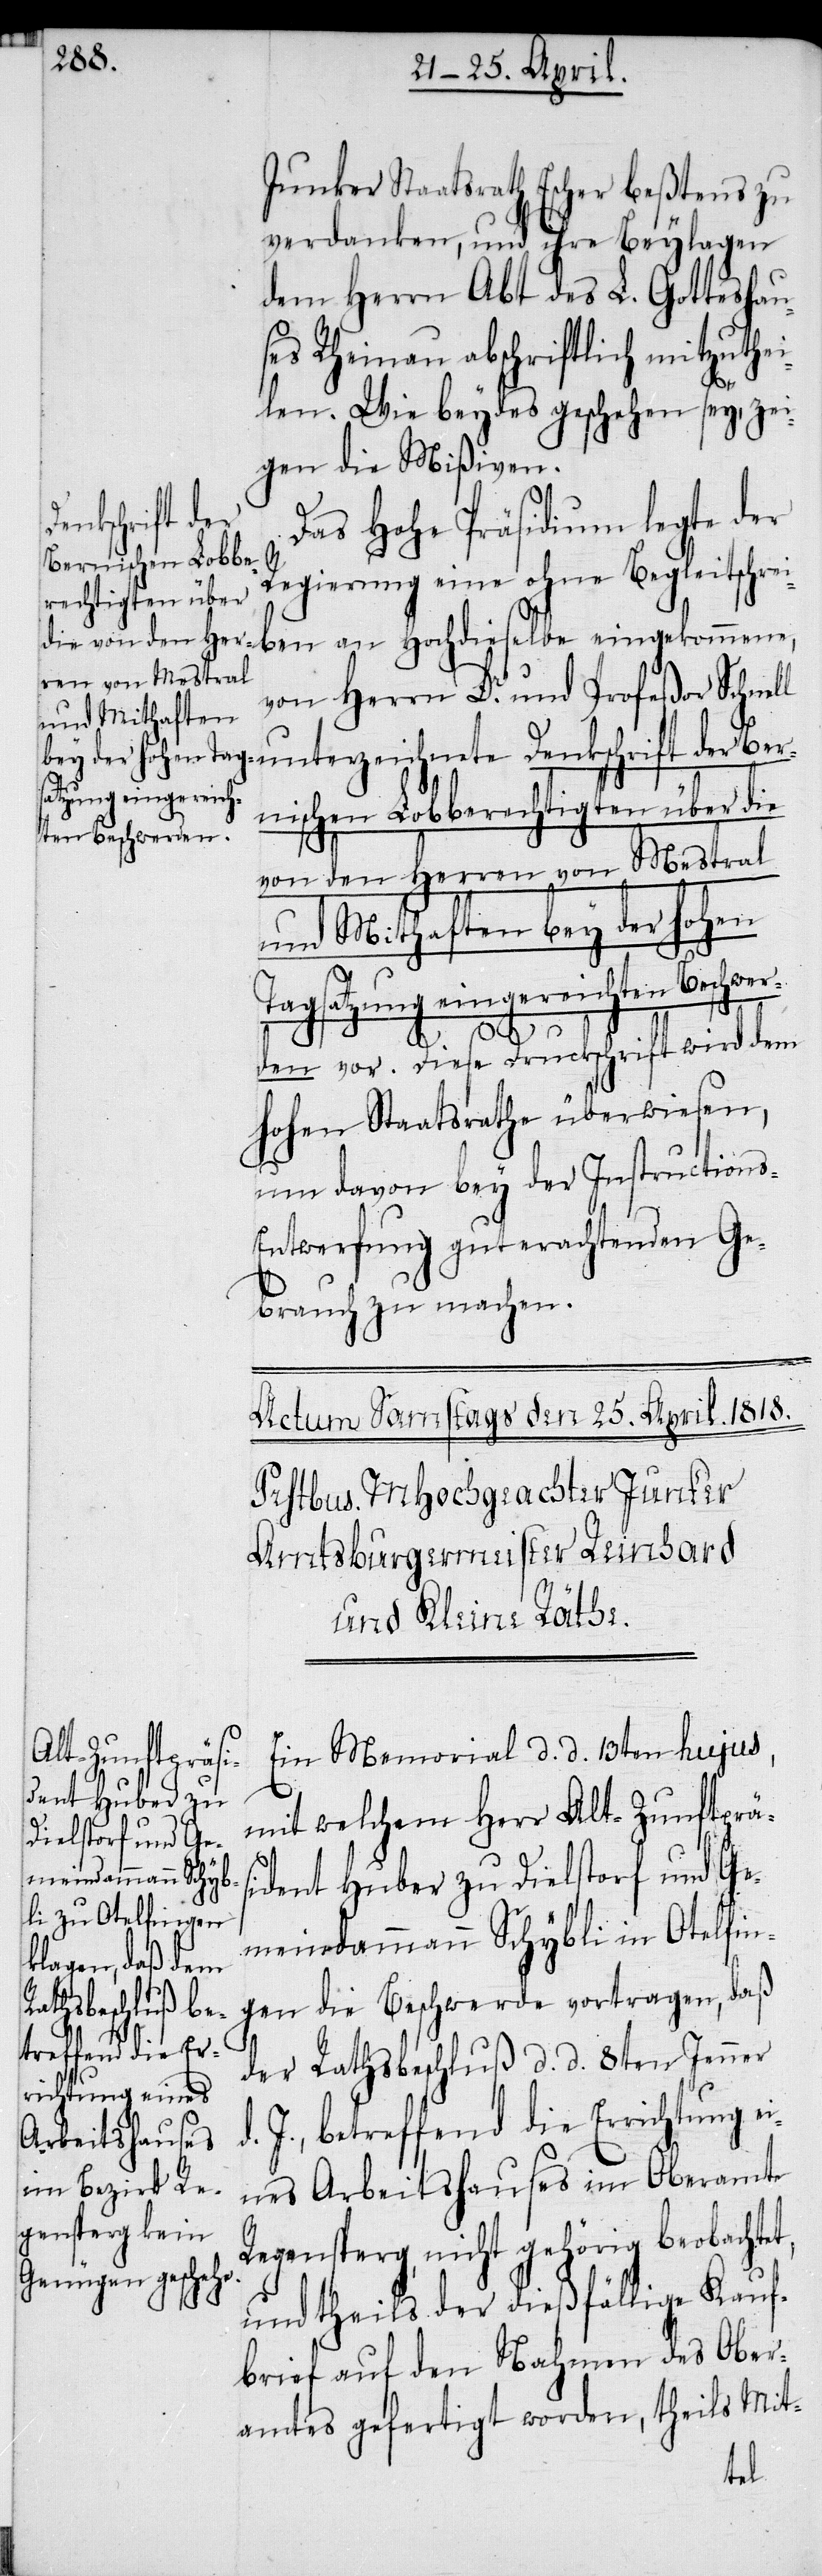
Junker Staatsrath Escher beßtens zu
verdanken, und ihre Beylagen
dem Herrn Abt des L. Gotteshau¬
ses Rheinau abschriftlich mitzuthei¬
len. Wie beydes geschehen sey, zei¬
gen die Mißiven.
Denkschrift der
Das Hohe Präsidium legte der
Regierung eine ohne Begleitschrei¬
von Herrn Dr. und Profeßor Schnel¬
nischen Lobberechtigten über die
von den Herren von Mestral
und Mithaften bey der hohen
Tagsatzung eingereichten Beschwer¬
den vor. Diese Druckschrift wird dem
hohen Staatsrathe überwiesen,
um davon bey der Instruction¬
ntwerfung guterachtenden Ge¬
brauch zu machen.
Ein Memorial d. d. 13ten hujus,
l unterzeic¬
mit welchem Herr Alt-Zunftpräs¬
ident Huber zu Dielstorf und Ge¬
meindammann Schybli in Otelfin¬
gen die Beschwerde vortragen, daß
Hochdieselbe
t,
der Rathsbeschluß d. d. 8ten Jenner
d. J., betreffend die Errichtung ei¬
nes Arbeitshauses im Oberamte
Regensperg, nicht gehörig beobachte¬
und theils der dießfällige Kauf¬
brief auf den Nahmen des Ober¬
amtes gefertigt worden, theils Mit-
s-E¬